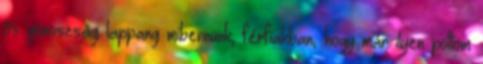
ős gonoszság lappang mibennünk, férfiakban, hogy már ilyen pöttöm